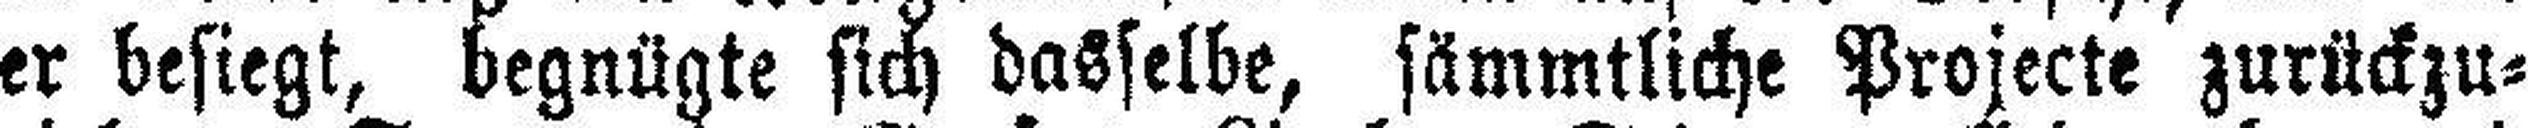
er besiegt, begnügte sich dasselbe, sämmtliche Projecte zurückzu¬